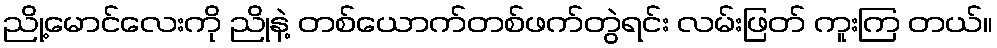
ညို့မောင်လေးကို ညိုနဲ့ တစ်ယောက်တစ်ဖက်တွဲရင်း လမ်းဖြတ် ကူးကြ တယ်။